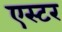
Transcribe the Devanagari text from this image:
एस्‍टर